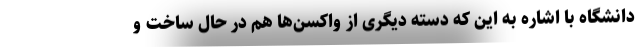
دانشگاه با اشاره به این که دسته دیگری از واکسن‌ها هم در حال ساخت و